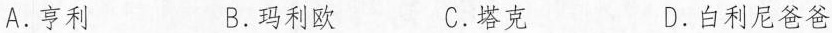
A.亨利 B.玛利欧 C.塔克 D.白利尼爸爸